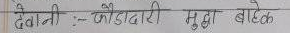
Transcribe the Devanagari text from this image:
देवानी :- फौददारी मुद्दा बाहेक